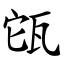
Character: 㼠